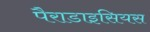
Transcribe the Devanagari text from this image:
पैराडाइसियस